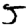
Digit: 5